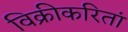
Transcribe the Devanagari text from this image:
विक्रीकरितां